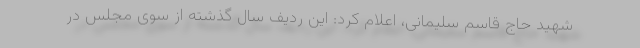
شهید حاج قاسم سلیمانی، اعلام کرد: این ردیف سال گذشته از سوی مجلس در